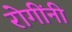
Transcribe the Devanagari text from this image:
रोगींनी